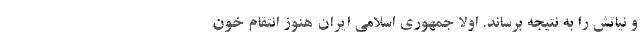
و نیاتش را به نتیجه برساند. اولا جمهوری اسلامی ایران هنوز انتقام خون